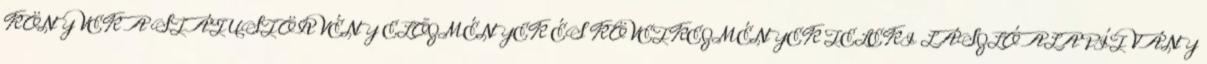
KÖNYVEK A STÁTUSTÖRVÉNY ELÕZMÉNYEK ÉS KÖVETKEZMÉNYEK TELEKI LÁSZLÓ ALAPÍTVÁNY